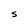
Character: S